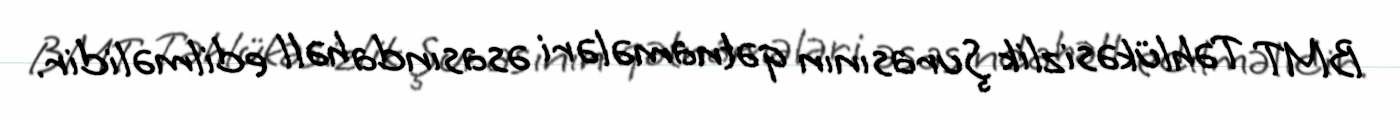
BMT Təhlükəsizlik Şurasının qətnamələri əsasında həll edilməlidir.